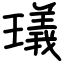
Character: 㼁